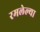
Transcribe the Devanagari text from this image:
रमलेल्या